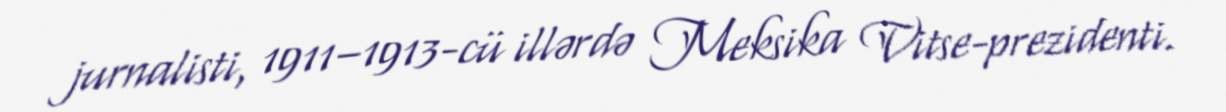
jurnalisti, 1911–1913-cü illərdə Meksika Vitse-prezidenti.